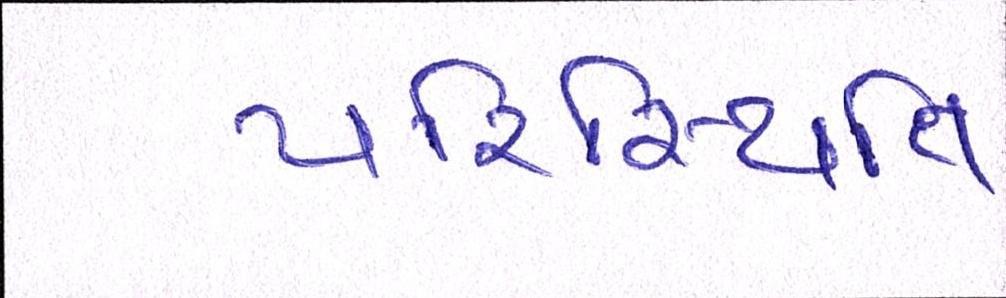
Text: પરિસ્થિતિ